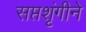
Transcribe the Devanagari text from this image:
सप्तशृंगीने